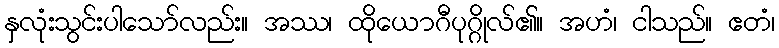
နှလုံးသွင်းပါသော်လည်း။ အဿ၊ ထိုယောဂီပုဂ္ဂိုလ်၏။ အဟံ၊ ငါသည်။ ဧတံ၊